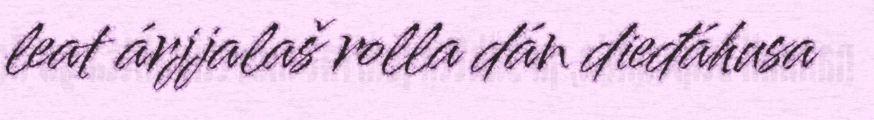
leat árjjalaš rolla dán dieđáhusa